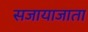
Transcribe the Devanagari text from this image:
सजायाजाता